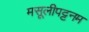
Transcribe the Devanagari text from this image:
मसूलीपट्टनम